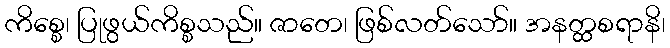
ကိစ္စေ၊ ပြုဖွယ်ကိစ္စသည်။ ဇာတေ၊ ဖြစ်လတ်သော်။ အနတ္ထစရာနိ၊